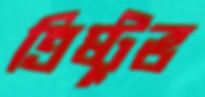
ত্রিষ্টুভ